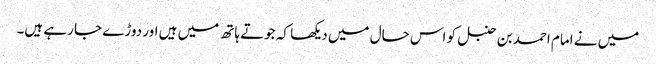
میں نے امام احمد بن حنبل کو اس حال میں دیکھا کہ جوتے ہاتھ میں ہیں اور دوڑے جا رہے ہیں۔